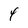
Character: 4